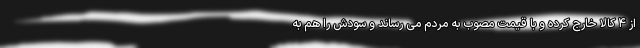
از ۴ کالا خارج کرده و با قیمت مصوب به مردم می رساند و سودش را هم به